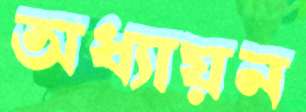
অধ্যায়ন